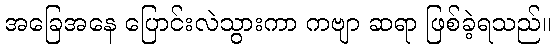
အခြေအနေ ပြောင်းလဲသွားကာ ကဗျာ ဆရာ ဖြစ်ခဲ့ရသည်။